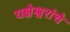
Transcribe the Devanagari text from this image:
यक्षेश्वरांचे